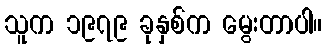
သူက ၁၉၇၉ ခုနှစ်က မွေးတာပါ။